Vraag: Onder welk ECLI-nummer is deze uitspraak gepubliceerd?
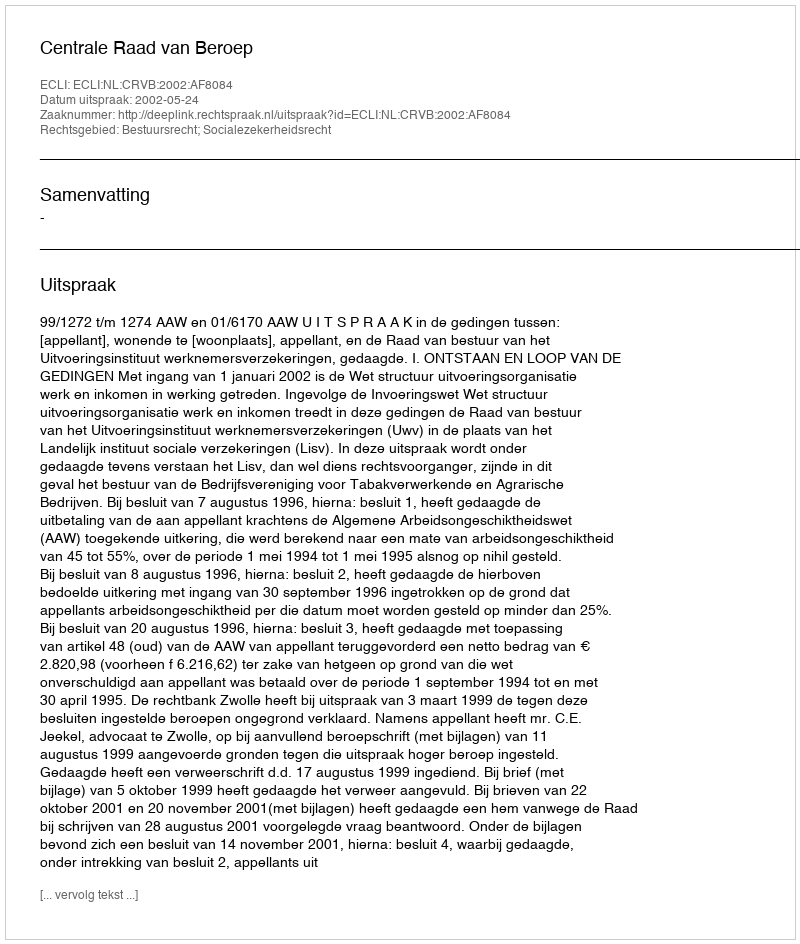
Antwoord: ECLI:NL:CRVB:2002:AF8084